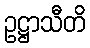
ဥဋ္ဌာသီတိ